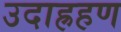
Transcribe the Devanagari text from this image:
उदाह्रहण